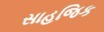
સાહજિક